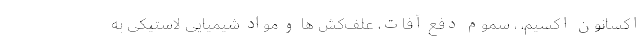
اکسانون اکسیم، ، سموم دفع آفات، علف‌کش ها و مواد شیمیایی لاستیکی به